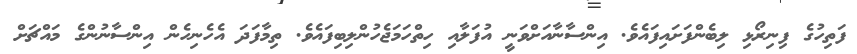
ފަތިހުގެ ފިނިރޯޅި ލިބެންފަށައިފައެވެ. އިންސާނާއަށްވަނީ އުފަލާއި ހިތްހަމަޖެހުންލިބިފައެވެ. ތިމާފަދަ އެހެނިހެން އިންސާނުންގެ މައްޗަށް